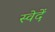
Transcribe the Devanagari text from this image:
स्वेदें